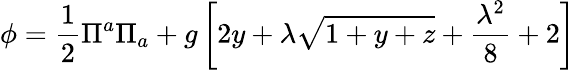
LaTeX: \phi=\frac{1}{2}\Pi^{a}\Pi_{a}+g\left[2y+\lambda\sqrt{1+y+z}+\frac{\lambda^{2}}{8}+2\right]